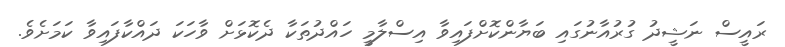
ރައީސް ނަޝީދު ގުރުއާނުގައި ބަޔާންކޮށްފައިވާ އިސްލާމީ ހައްދުތަކާ ދެކޮޅަށް ވާހަކަ ދައްކާފައިވާ ކަމަށެވެ.